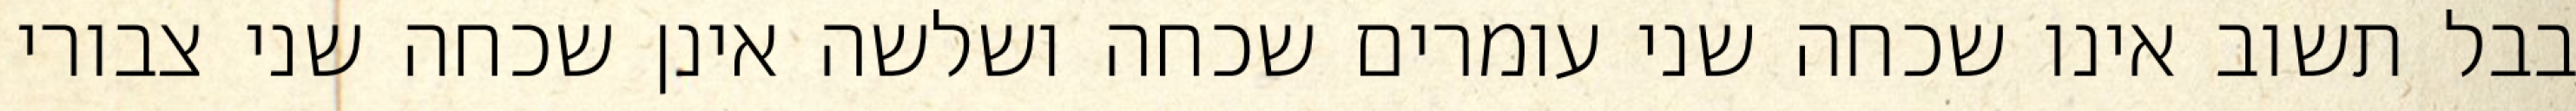
בבל תשוב אינו שכחה שני עומרים שכחה ושלשה אינן שכחה שני צבורי